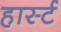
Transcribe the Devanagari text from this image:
हार्स्ट